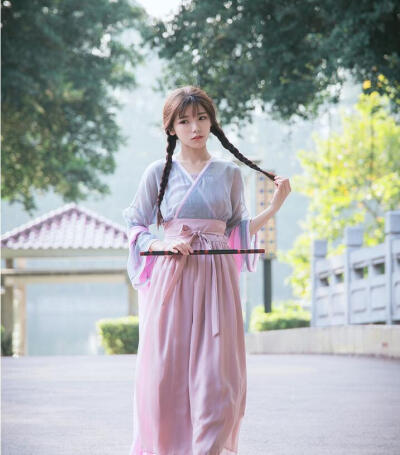
落花夜雨辞寒食。尘香明日城南陌。